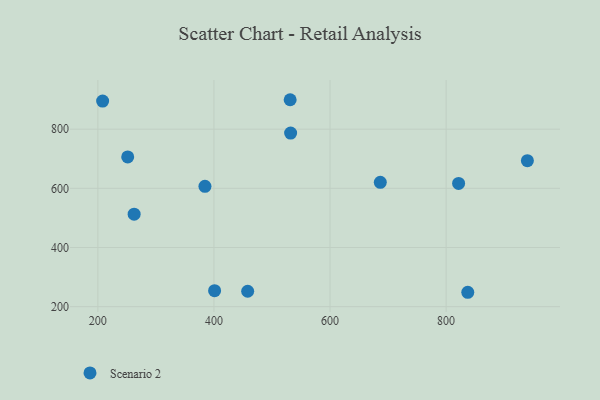
{"axis": {"x": "Engine Size", "y": "Salary"}, "legend": ["Scenario 2"], "data": [{"x": "401.1", "y": 254.0, "type": "Scenario 2"}, {"x": "532.1", "y": 786.9, "type": "Scenario 2"}, {"x": "251.4", "y": 706.1, "type": "Scenario 2"}, {"x": "458.1", "y": 252.1, "type": "Scenario 2"}, {"x": "837.3", "y": 248.6, "type": "Scenario 2"}, {"x": "262.5", "y": 512.5, "type": "Scenario 2"}, {"x": "531.3", "y": 899.5, "type": "Scenario 2"}, {"x": "208.2", "y": 894.9, "type": "Scenario 2"}, {"x": "384.5", "y": 606.7, "type": "Scenario 2"}, {"x": "821.5", "y": 616.7, "type": "Scenario 2"}, {"x": "686.6", "y": 620.4, "type": "Scenario 2"}, {"x": "940.0", "y": 693.3, "type": "Scenario 2"}]}